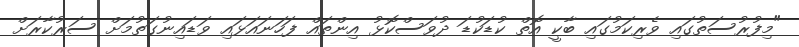
"މިފުރުސަތުގައި ވެރިކަމުގައި ބާކީ އޮތް ކުޑަކުޑަ ދުވަސްކޮޅު އިންތައް ފަހަނައަޅައި ވަޑައިނުގަތުމަށް ސަރުކާރަށް